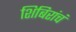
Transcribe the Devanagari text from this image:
शिबिरांचं